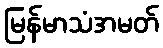
မြန်မာသံအမတ်